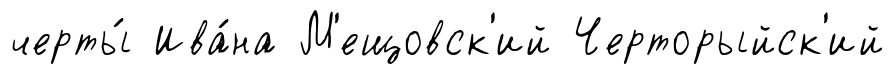
черты́ Ива́на М'ещовск'ий Черторыйск'ий